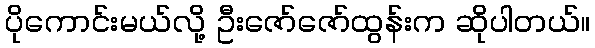
ပိုကောင်းမယ်လို့ ဦးဇော်ဇော်ထွန်းက ဆိုပါတယ်။